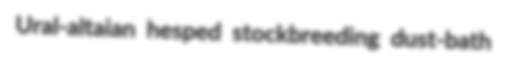
Ural-altaian hesped stockbreeding dust-bath